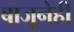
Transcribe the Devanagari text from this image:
बाजूनेही